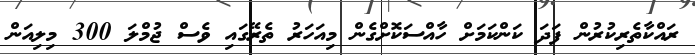
ރައްކާތެރިކުރުން ފަދަ ކަންކަމަށް ހާއްސަކޮށްގެން މިއަހަރު ތެރޭގައި ވެސް ޖުމްލަ 300 މިލިއަން